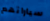
سياراتهم